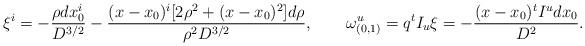
LaTeX: \begin{align*}\xi^i=-{\rho dx_0^i\over D^{3/2}}-{(x-x_0)^i[2\rho^2+(x-x_0)^2]d\rho\over \rho^2 D^{3/2}},\quad\quad\omega^u_{(0,1)}=q^tI_u\xi=-{(x-x_0)^tI^udx_0\over D^2}.\end{align*}